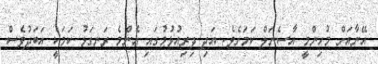
އޭނާއަށް މުހިންމީ އާސެނަލް ކަމަށެވެ. އަދި ދިރިއުޅުމުގައި އެންމެ ރަނގަޅު ކަމަކީ އަބަދުވެސް